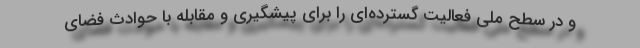
و در سطح ملی فعالیت گسترده‌ای را برای پیشگیری و مقابله با حوادث فضای